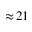
\approx \! 2 1